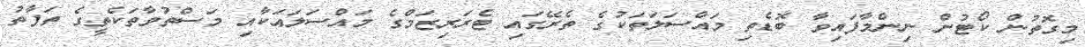
މިގޮތުން ކޯޓުން ނިންމާފައިވާ ބޮޑެތި މައްސަލަތަކުގެ ތެރޭގައި ޓެރަރިޒަމްގެ މައްސަލައަކާއި މަސްތުވާތަކެތީގެ ތަފާތު